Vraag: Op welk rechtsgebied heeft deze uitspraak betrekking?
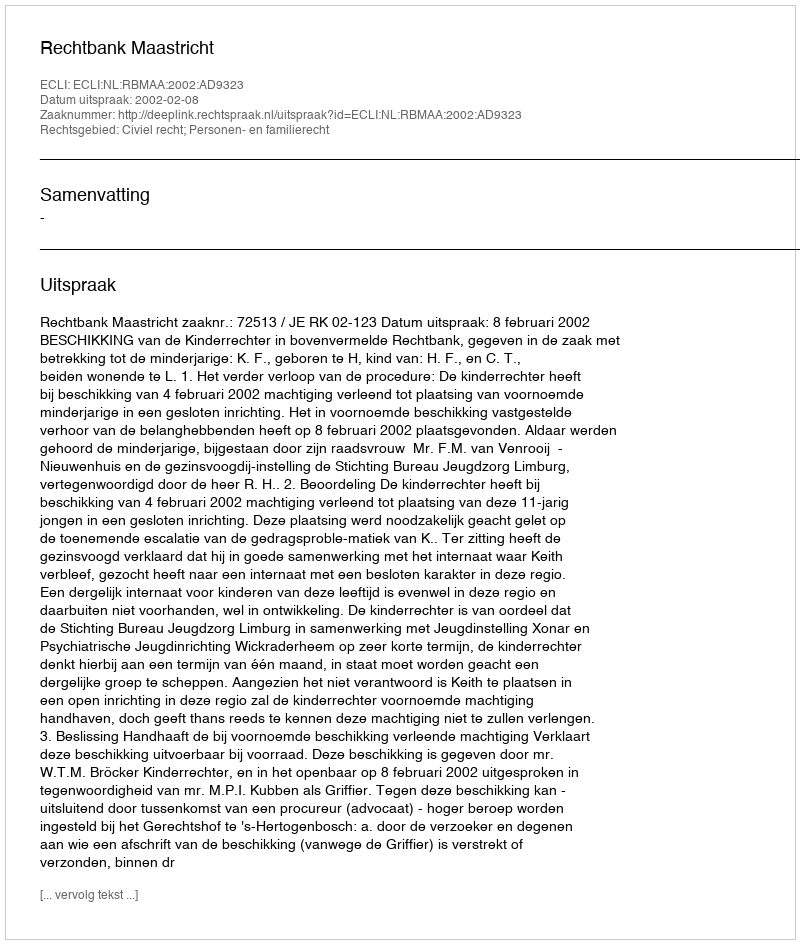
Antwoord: Civiel recht; Personen- en familierecht